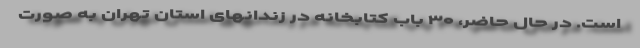
است. در حال حاضر، ۳۰ باب کتابخانه در زندانهای استان تهران به صورت